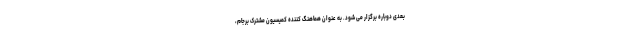
بعدی دوباره برگزار می شود. به عنوان هماهنگ کننده کمیسیون مشترک برجام،